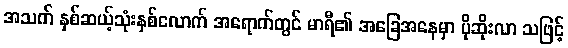
အသက် နှစ်ဆယ့်သုံးနှစ်လောက် အရောက်တွင် မာရီ၏ အခြေအနေမှာ ပိုဆိုးလာ သဖြင့်